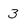
Character: 3